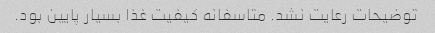
توضیحات رعایت نشد. متاسفانه کیفیت غذا بسیار پایین بود.